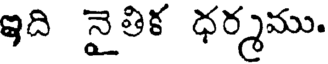
ఇది నైతిక ధర్మము.